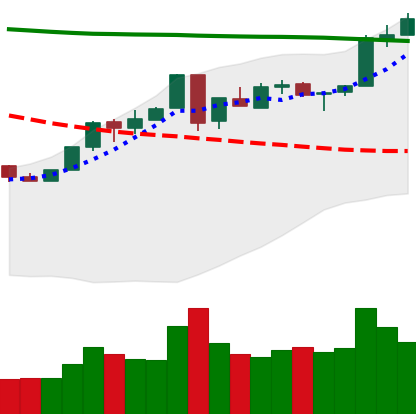
Ticker: ETH-USD
Chart end date: 2018-05-05
Forward return: -10.886%
Label: down_7plus